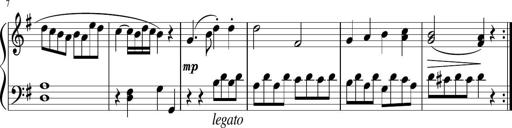
Title: 6 Progressive Sonatinas
Composer: Johann Anton AndrÃ©